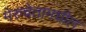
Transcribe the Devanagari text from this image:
मेरुचेतामधील